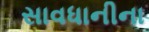
સાવધાનીના